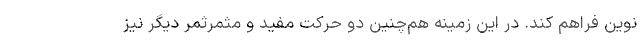
نوین فراهم کند. در این زمینه هم‌چنین دو حرکت مفید و مثمرثمر دیگر نیز